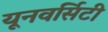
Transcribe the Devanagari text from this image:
यूनवर्सिटी